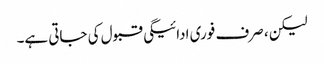
لیکن ، صرف فوری ادائیگی قبول کی جاتی ہے۔